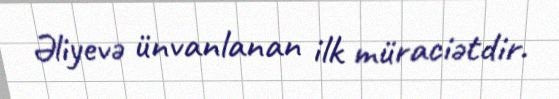
Əliyevə ünvanlanan ilk müraciətdir.